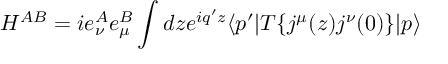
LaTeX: H ^ { A B } = i e _ { \nu } ^ { A } e _ { \mu } ^ { B } \int d z e ^ { i q ^ { \prime } z } \langle p ^ { \prime } | T \{ j ^ { \mu } ( z ) j ^ { \nu } ( 0 ) \} | p \rangle